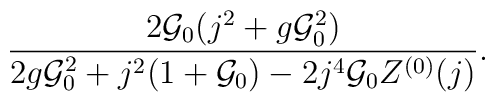
\frac{2{\cal G}_0(j^2+g{\cal G}_0^2)}{2g{\cal G}_0^2+j^2(1+{\cal G}_0)-2j^4{\cal G}_0 Z^{(0)}(j)}.